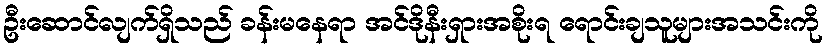
ဦးဆောင်လျက်ရှိသည် ခန်းမနေရာ အင်ဒိုနီးရှားအစိုးရ ရောင်းချသူများအသင်းကို